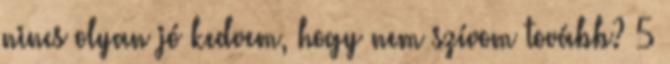
nincs olyan jó kedvem, hogy nem szívom tovább? 5